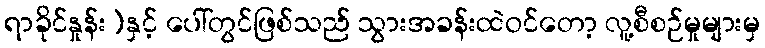
ရာခိုင်နှုန်း)နှင့် ပေါ်တွင်ဖြစ်သည် သွားအခန်းထဲဝင်တော့ လူ့စီစဉ်မှုများမှ